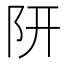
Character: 𨸦